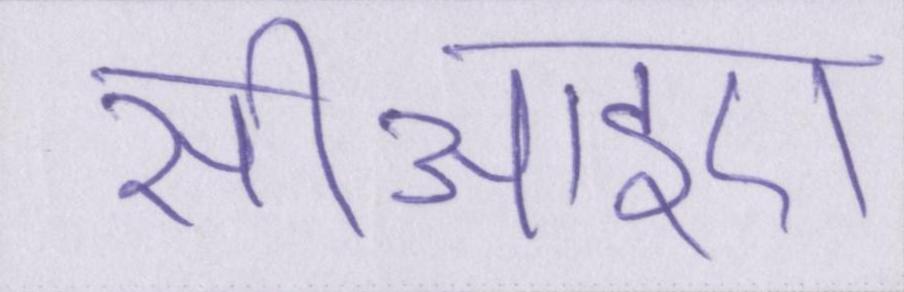
सीआइए